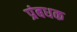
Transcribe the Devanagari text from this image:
प्रंबधक